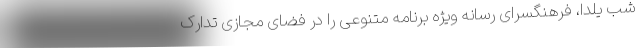
شب یلدا، فرهنگسرای رسانه ویژه برنامه متنوعی را در فضای مجازی تدارک